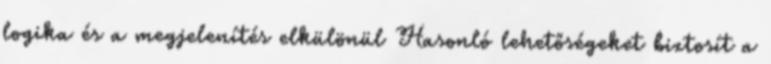
logika és a megjelenítés elkülönül Hasonló lehetőségeket biztosít a